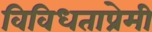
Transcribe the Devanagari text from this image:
विविधताप्रेमी